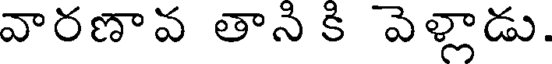
వారణావ తాని కి వెళ్లాడు.